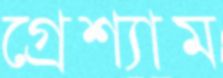
গ্রেশ্যাম